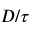
D / \tau